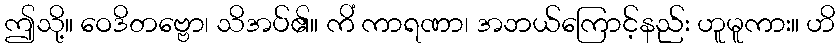
ဤသို့။ ဝေဒိတဗ္ဗော၊ သိအပ်၏။ ကိံ ကာရဏာ၊ အဘယ်ကြောင့်နည်း ဟူမူကား။ ဟိ